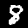
Label: 8